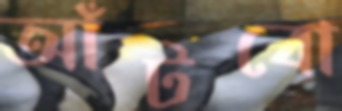
আঁটবো